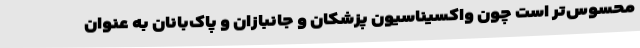
محسوس‌تر است چون واکسیناسیون پزشکان و جانبازان و پاک‌بانان به عنوان